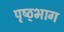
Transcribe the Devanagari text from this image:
पृष्ठ्भाग